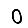
Digit: 0